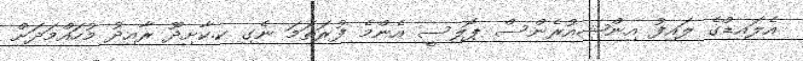
އެލައިޑްގެ ލައިފު އިންޝިއުރެންސް ޕޮލިސީ އެންމެ ފުރަތަަމަ ނެގި ކ.ކާށިދޫ ރާއިދު މުހައްމަދަށް